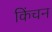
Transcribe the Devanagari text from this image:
किंचन